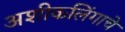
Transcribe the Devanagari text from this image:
अशीकलिंगाचे